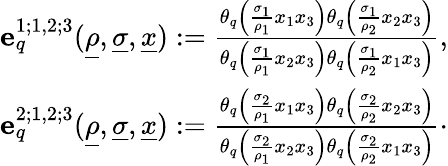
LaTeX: \begin{array}{r}{\mathbf{e}_{q}^{1;1,2;3}(\underline{{\rho}},\underline{{\sigma}},\underline{{x}}):=\frac{{\theta_{q}}\left(\frac{\sigma_{1}}{\rho_{1}}x_{1}x_{3}\right){\theta_{q}}\left(\frac{\sigma_{1}}{\rho_{2}}x_{2}x_{3}\right)}{{\theta_{q}}\left(\frac{\sigma_{1}}{\rho_{1}}x_{2}x_{3}\right){\theta_{q}}\left(\frac{\sigma_{1}}{\rho_{2}}x_{1}x_{3}\right)},}\\ {\mathbf{e}_{q}^{2;1,2;3}(\underline{{\rho}},\underline{{\sigma}},\underline{{x}}):=\frac{{\theta_{q}}\left(\frac{\sigma_{2}}{\rho_{1}}x_{1}x_{3}\right){\theta_{q}}\left(\frac{\sigma_{2}}{\rho_{2}}x_{2}x_{3}\right)}{{\theta_{q}}\left(\frac{\sigma_{2}}{\rho_{1}}x_{2}x_{3}\right){\theta_{q}}\left(\frac{\sigma_{2}}{\rho_{2}}x_{1}x_{3}\right)}\cdot}\end{array}